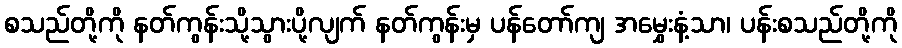
စသည်တို့ကို နတ်ကွန်းသို့သွားပို့လျက် နတ်ကွန်းမှ ပန်တော်ကျ အမွှေးနံ့သာ၊ ပန်းစသည်တို့ကို